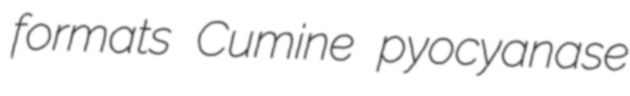
formats Cumine pyocyanase